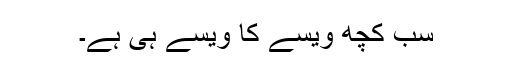
سب کچھ ویسے کا ویسے ہی ہے۔